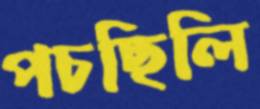
পচছিলি